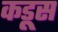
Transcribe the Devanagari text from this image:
कडूस